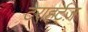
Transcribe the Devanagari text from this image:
टेराहर्ट्ज़